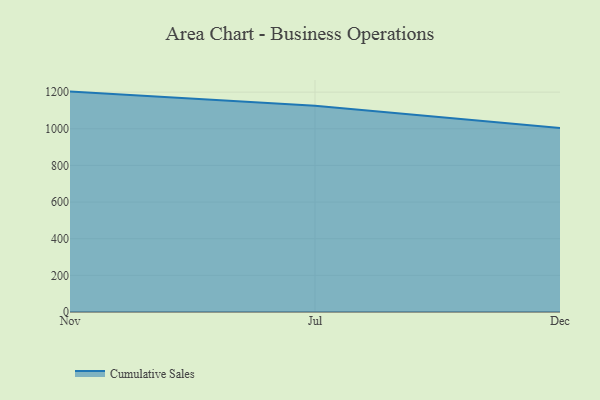
{"axis": {"x": "Month", "y": "Latency (ms)"}, "legend": ["Cumulative Sales"], "data": [{"x": "Nov", "y": 1202.8, "type": "Cumulative Sales"}, {"x": "Jul", "y": 1125.9, "type": "Cumulative Sales"}, {"x": "Dec", "y": 1004.2, "type": "Cumulative Sales"}]}